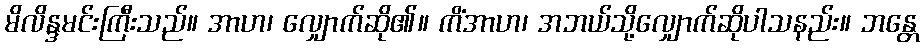
မိလိန္ဒမင်းကြီးသည်။ အာဟ၊ လျှောက်ဆို၏။ ကိံအာဟ၊ အဘယ်သို့လျှောက်ဆိုပါသနည်း။ ဘန္တေ